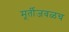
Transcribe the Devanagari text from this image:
मूर्तीजवळच